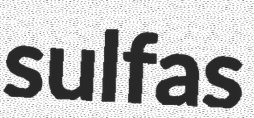
sulfas